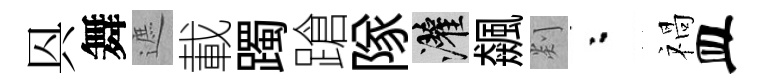
㒷舞遮載躅蹌隊灌飆剡粉禍皿